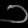
Digit: ၁